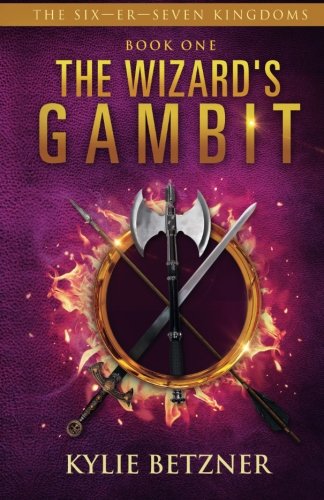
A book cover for The Wizard's Gambit (The Six - Er - Seven Kingdoms) (Volume 1); Kylie Betzner; Science Fiction & Fantasy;